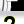
Digit: 2